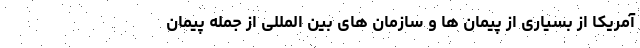
آمریکا از بسیاری از پیمان ها و سازمان های بین المللی از جمله پیمان